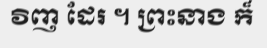
វិញ ដែរ ។ ព្រះនាង ក៏